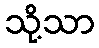
သို့သာ